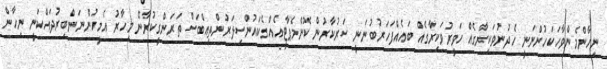
ނިހާންމެންވާހަކަހުންނަނީ ހެދުނުވަކިރާގެއް ހަވީރުވަކިރާގެއް ބައެއްފަހަރުބުނަނީ ސަރުކާރުން ކޮންމެޕާޓީއެއްގެކައުންސިލަރުންތިއްބަސް ތަރަންގީކުރާނޭ މިހާރު އެމީހުންނަންބިރުދައްކަނީ ނިހާން